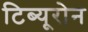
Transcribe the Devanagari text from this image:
टिब्यूरोन